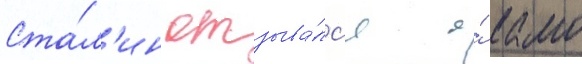
Ста́л'ин отзыва́лс'я о́ камо